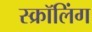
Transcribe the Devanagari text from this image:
स्क्रॉलिंग